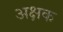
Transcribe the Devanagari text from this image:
अक्षक